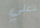
لأعلي